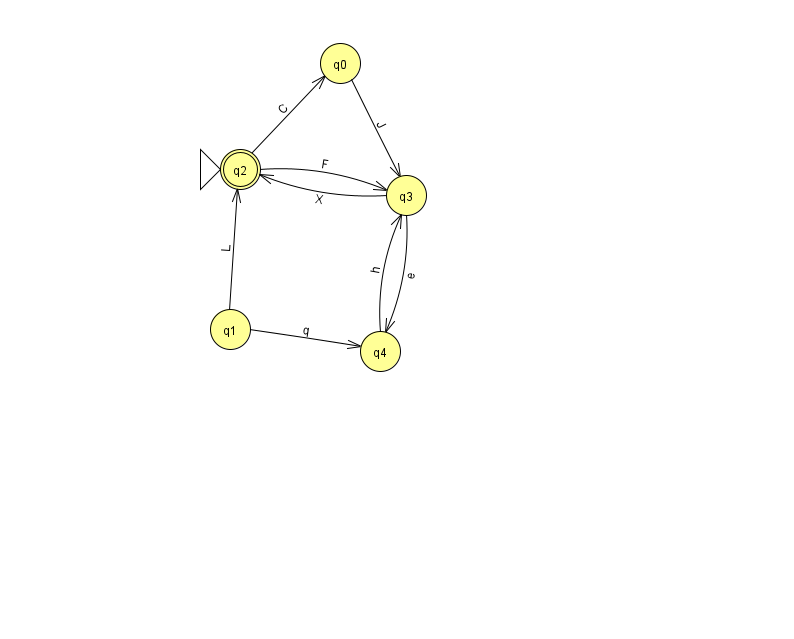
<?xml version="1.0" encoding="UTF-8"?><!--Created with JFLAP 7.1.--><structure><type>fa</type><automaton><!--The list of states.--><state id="0" name="q0"><x>340.0</x><y>50.0</y></state><state id="1" name="q1"><x>230.0</x><y>316.0</y></state><state id="2" name="q2"><x>240.0</x><y>156.0</y><initial/><final/></state><state id="3" name="q3"><x>406.0</x><y>182.0</y></state><state id="4" name="q4"><x>380.0</x><y>338.0</y></state><!--The list of transitions.--><transition><from>3</from><to>4</to><read>e</read></transition><transition><from>2</from><to>0</to><read>C</read></transition><transition><from>1</from><to>2</to><read>L</read></transition><transition><from>3</from><to>2</to><read>X</read></transition><transition><from>0</from><to>3</to><read>J</read></transition><transition><from>1</from><to>4</to><read>q</read></transition><transition><from>2</from><to>3</to><read>F</read></transition><transition><from>4</from><to>3</to><read>h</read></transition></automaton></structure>